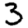
Digit: 3